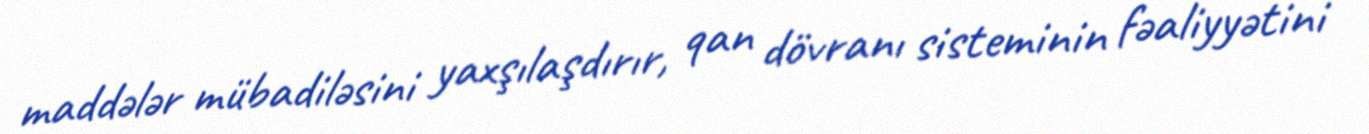
maddələr mübadiləsini yaxşılaşdırır, qan dövranı sisteminin fəaliyyətini